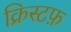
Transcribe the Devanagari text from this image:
क्रिस्टफ़